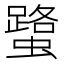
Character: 𧒍